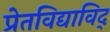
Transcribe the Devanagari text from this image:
प्रेतविद्याविद्